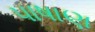
પાષાણ